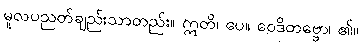
မူလပညတ်ချည်းသာတည်း။ ဣတိ၊ ပေ။ ဝေဒိတဗ္ဗော၊ ၏။